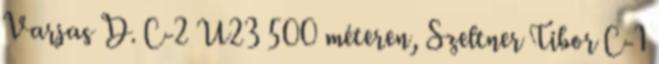
Varjas D. C-2 U23 500 méteren, Szeltner Tibor C-1